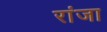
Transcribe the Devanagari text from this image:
रांजा